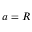
a = R